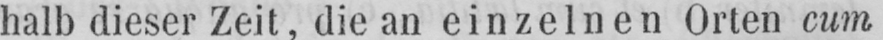
halb dieser Zeit, die an einzelnen Orten cum